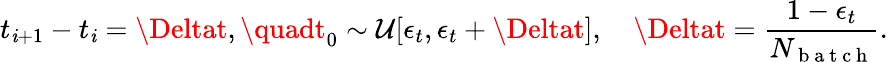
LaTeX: t_{\mathit{i}+1}-t_{\mathit{i}}=\Deltat,\quadt_{0}\sim\mathcal{{U}}[\epsilon_{t},\epsilon_{t}+\Deltat],\quad\Deltat=\frac{{1-\epsilon_{t}}}{{N_{\mathrm{{~b~a~t~c~h~}}}}}.